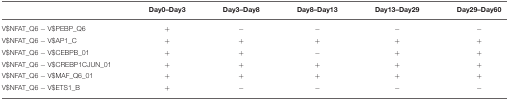
<table><thead><tr><td></td><td><b>Day0–Day3</b></td><td><b>Day3–Day8</b></td><td><b>Day8–Day13</b></td><td><b>Day13–Day29</b></td><td><b>Day29–Day60</b></td></tr></thead><tbody><tr><td>V$NFAT_Q6 − V$PEBP_Q6</td><td>+</td><td>−</td><td>−</td><td>−</td><td>−</td></tr><tr><td>V$NFAT_Q6 − V$AP1_C</td><td>+</td><td>+</td><td>+</td><td>+</td><td>+</td></tr><tr><td>V$NFAT_Q6 − V$CEBPB_01</td><td>+</td><td>+</td><td>−</td><td>+</td><td>+</td></tr><tr><td>V$NFAT_Q6 − V$CREBP1CJUN_01</td><td>+</td><td>+</td><td>+</td><td>+</td><td>+</td></tr><tr><td>V$NFAT_Q6 − V$MAF_Q6_01</td><td>+</td><td>+</td><td>+</td><td>+</td><td>+</td></tr><tr><td>V$NFAT_Q6 − V$ETS1_B</td><td>+</td><td>−</td><td>−</td><td>−</td><td>−</td></tr></tbody></table>